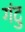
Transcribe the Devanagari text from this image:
गंटु